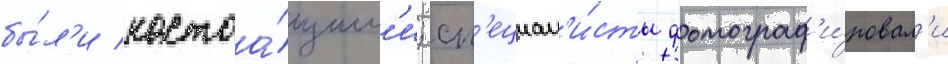
бы́л'и настоа́щим'и; сп'ециал'и́сты фотограф'и́ровал'и